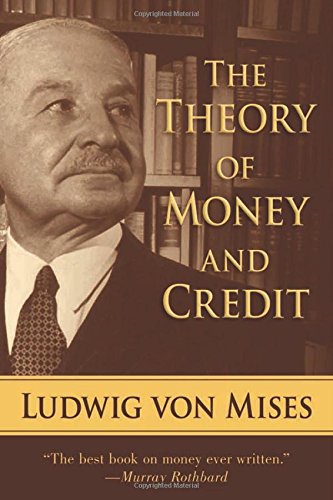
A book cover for The Theory of Money and Credit; Ludwig von Mises; Business & Money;